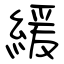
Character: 緩